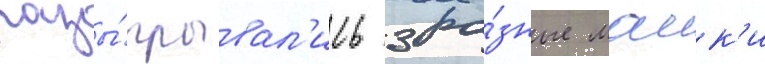
разы́грывал'ись 3 ра́зные маик'и